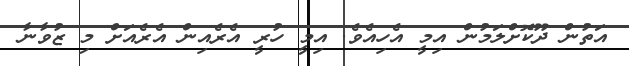
އަތުން ދޫކޮށްލަމުން އިމީ އެހިއެވެ. އިމީ ހުރީ އެރެއިން އެރެއަށް މި ޒުވާނާ